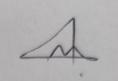
Signature authenticity: genuine